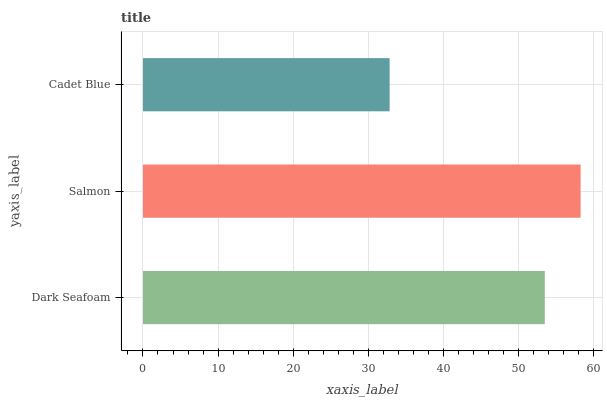
| yaxis_label | bars |
 | --- | --- |
 | Dark Seafoam | 53.5 |
 | Salmon | 58.3 |
 | Cadet Blue | 32.9 |